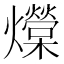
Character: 𰟺